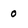
Character: 0